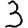
Digit: 3